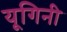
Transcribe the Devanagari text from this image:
यूगिनी